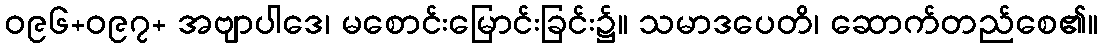
ဝ၉၆+ဝ၉၇+ အဗျာပါဒေ၊ မစောင်းမြောင်းခြင်း၌။ သမာဒပေတိ၊ ဆောက်တည်စေ၏။